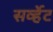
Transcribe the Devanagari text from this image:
सर्व्हेट